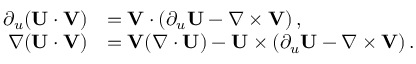
\begin{array} { r l } { \partial _ { u } ( \mathbf { U } \cdot \mathbf { V } ) } & { = \mathbf { V } \cdot \left( \partial _ { u } \mathbf { U } - \nabla \times \mathbf { V } \right) , } \\ { \nabla ( \mathbf { U } \cdot \mathbf { V } ) } & { = \mathbf { V } ( \nabla \cdot \mathbf { U } ) - \mathbf { U } \times \left( \partial _ { u } \mathbf { U } - \nabla \times \mathbf { V } \right) . } \end{array}